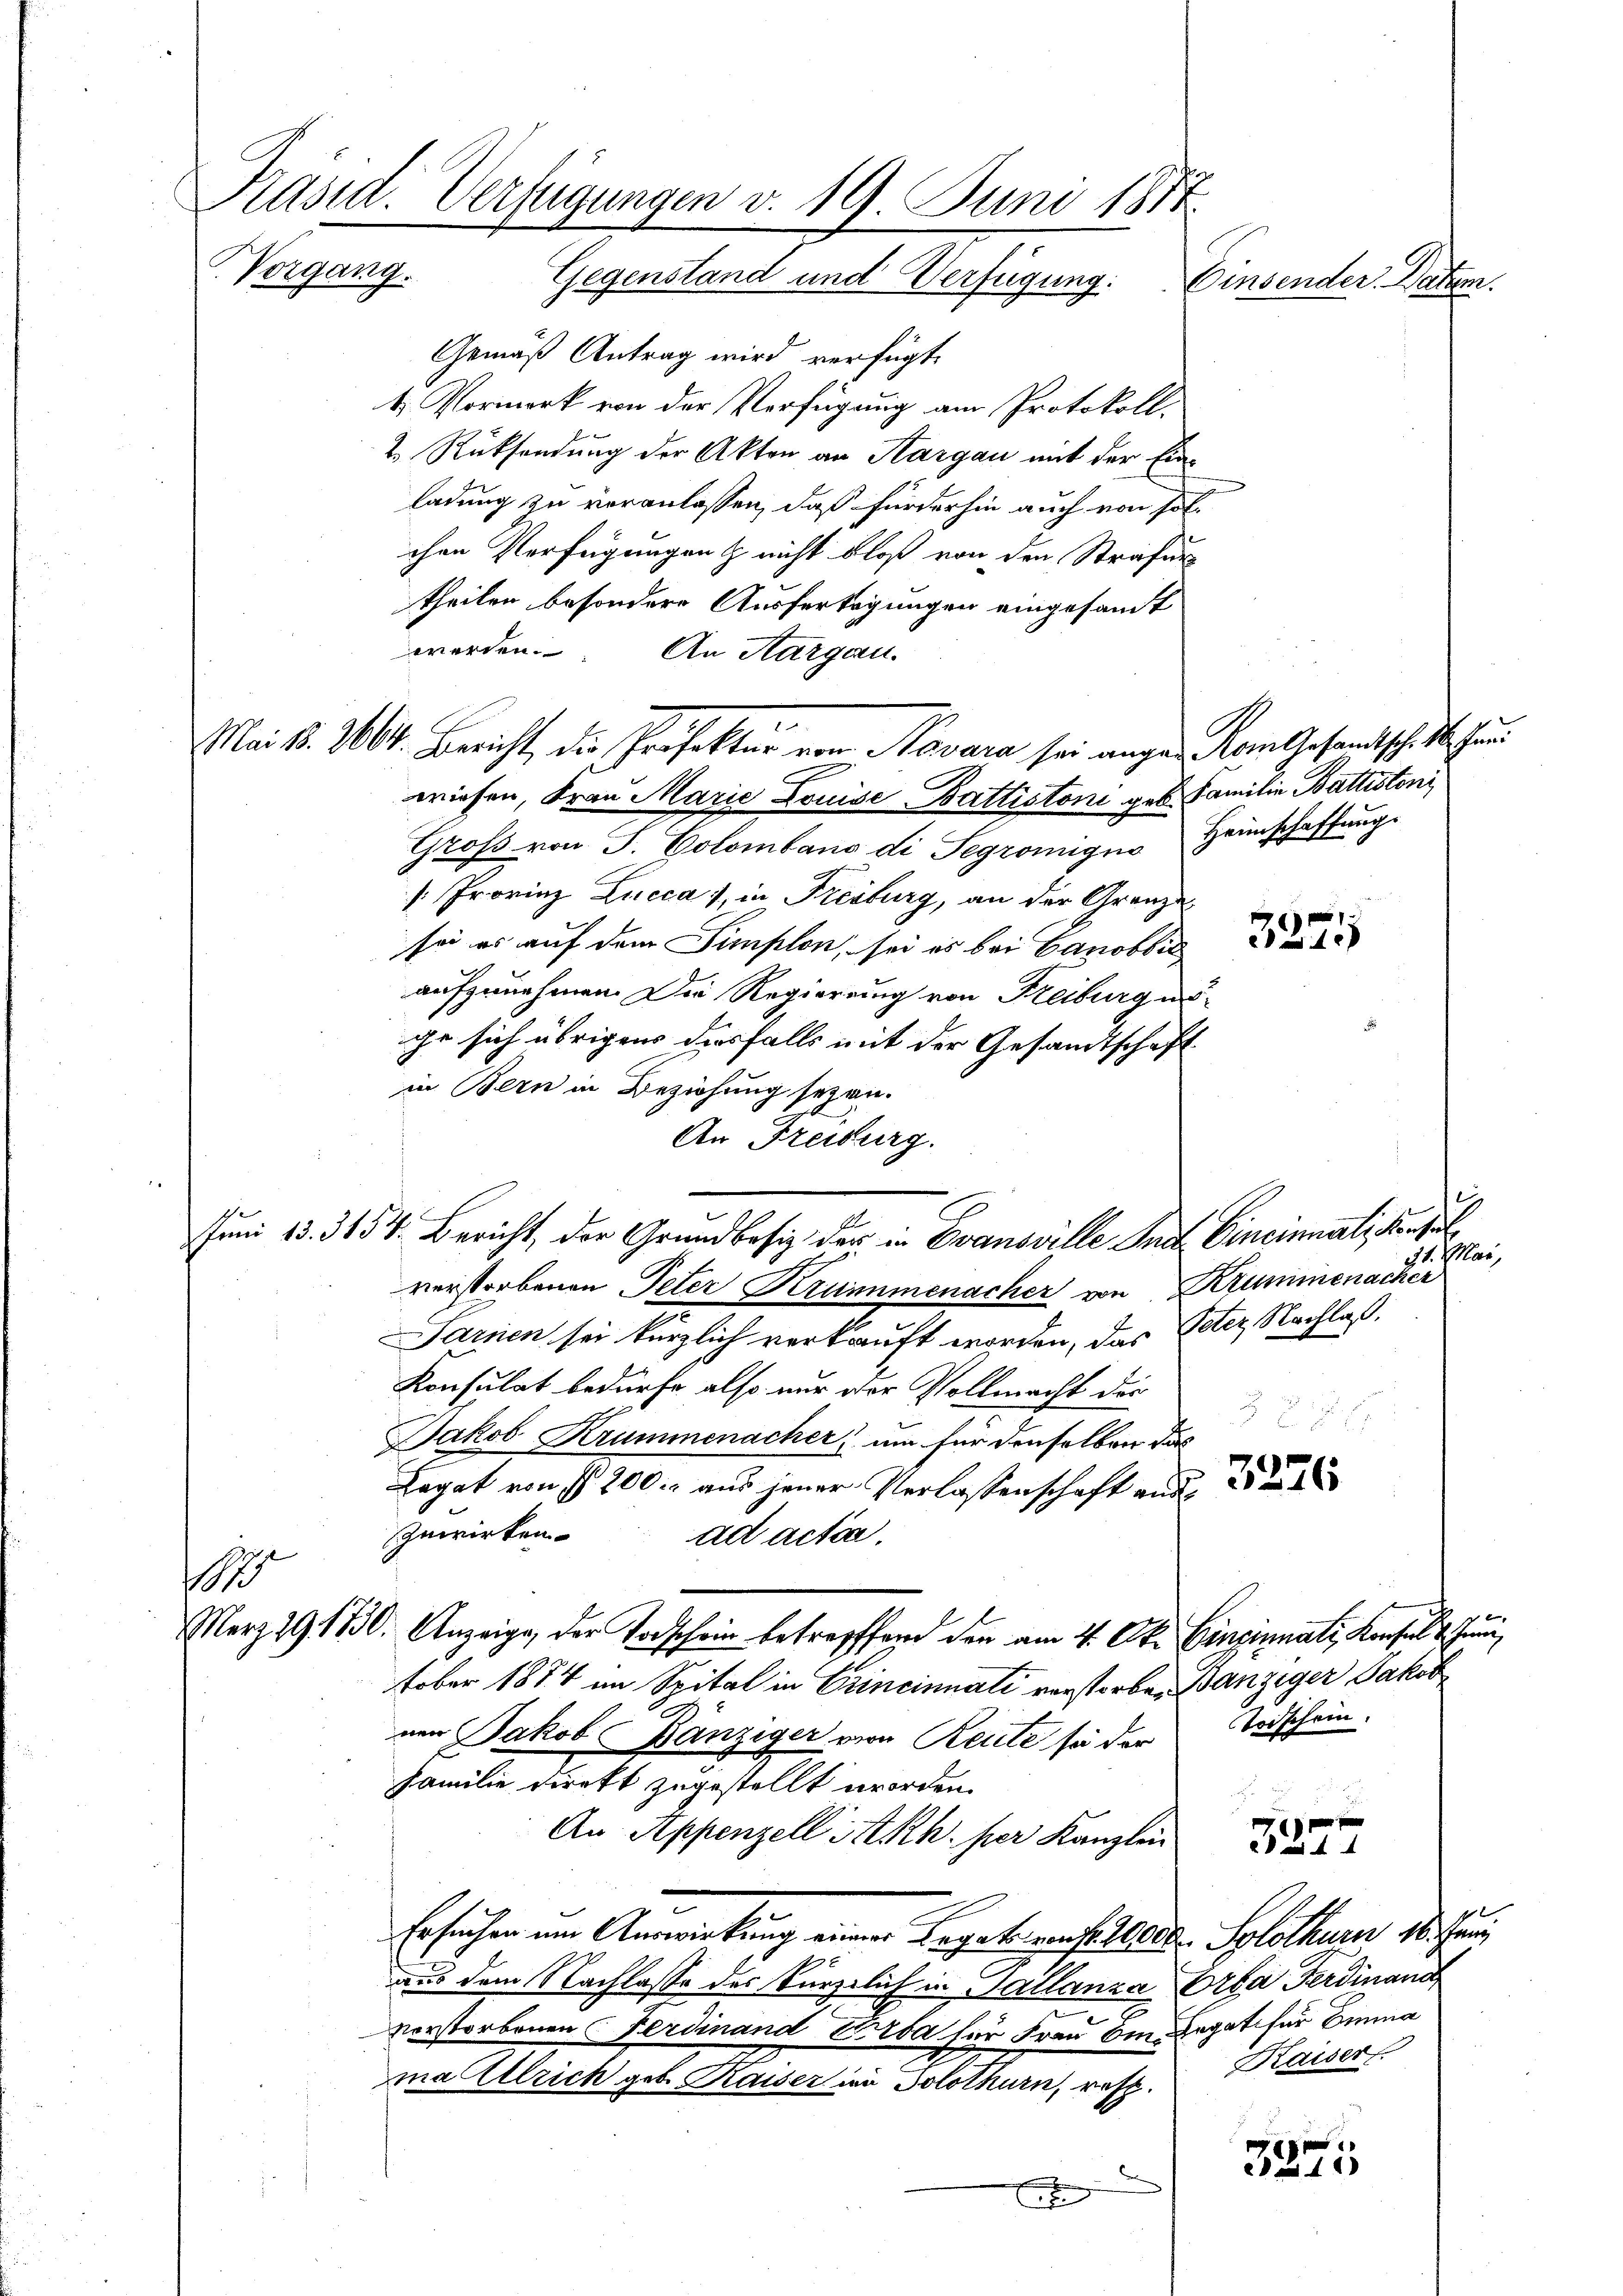
Präsid. Verfügungen v. 19. Juni 1874.
Vorgang. Gegenstand und Verfügung:
Einsender Datum.

Gemäß Antrag wird verfügt:
4. Vormerk von der Verfügung am Protokoll.
2. Rücksendung der Akten an Hargau mit der Einladung zu veranlassen, daß fürderhin auch von solchen Verfügungen & nicht bloß von den Strafur
theilen besondere Ausfertigungen eingesamt
wiesen, Frau Marie Louise Battistoni geb. Familie Buttistoni
Grofs von S. Colombano di Segrongus Heimschaffung
[. Provinz Lucca 1, in Freiburg, an der Grenze
sei es auf dem Simplen, sei es bei Canobli
aufzunehmen. Die Regierung von Freiburg unge sich übrigens diesfalls mit der Gesandtschaft
in Bern in Beziehung seyen.
An Freiburg.
.
verstorbenen Peter Krummenacher von Krummenach er
Sarnen sei kürzlich verkauft worden, das Peter Nachlaß.
Konsulat bedürfe also nur der Vollmacht der
Jakob Krummenacher, um für denselben das
Legat von § 200. aus jener Verlassenschaft aus
zuwirken.
ad acta.
1
Merz 29. 1730. Anzeige, der Todschein betreffend den am 4. Okt. Einzinnali, Konsul 2. Juni,
tober 1874 im Spital in Erincinnati verstorben Banziger Jakob
nen Jakob Bänziger von Reite sie der Todschein.
Familie direkt zugestellt worden.
An Appenzell A.Rh. per Kanzlei
Ersucher im Auswirkung einer Legatarenfallend. Solothurn 16. Jen
aus dem Nachlasse des kürzlich in Sallanza Orba Ferdinand
vorstorbenen Ferdinand Erda für Frau bin Degat für Emma
ma Ulrich geb. Kaiser im Solothurn, rest. Draiser
x

werden. An Aargau.

Mai 18. 204. Bericht, die Präfektur von Savara sei ange-Kom Gesandtsch. 1. Jan

e
Juni 13. 3454. Bericht, der Grundbesiz der in Evansville Init Cincinnali Konsul

§81

Mar,

3256

e
4

1

3875